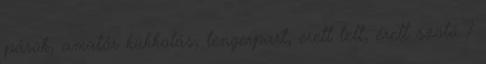
párok, amatőr kukkolás, tengerpart, erett telt, érett szóló 7